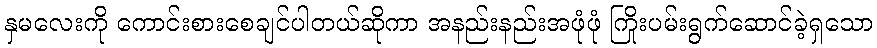
နှမလေးကို ကောင်းစားစေချင်ပါတယ်ဆိုကာ အနည်းနည်းအဖုံဖုံ ကြိုးပမ်းရွက်ဆောင်ခဲ့ရှသော